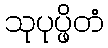
သုပုပ္ဖိတံ